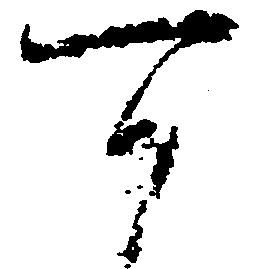
可